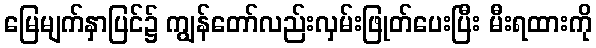
မြေမျက်နှာပြင်၌ ကျွန်တော်လည်းလှမ်းဖြုတ်ပေးပြီး မီးရထားကို